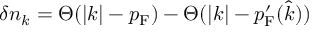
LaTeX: \delta n _ { k } = \Theta ( | k | - p _ { \mathrm { { F } } } ) - \Theta ( | k | - p _ { \mathrm { { F } } } ^ { \prime } ( { \hat { k } } ) )